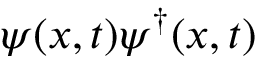
\psi ( x , t ) \psi ^ { \dagger } ( x , t )